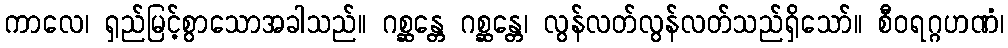
ကာလေ၊ ရှည်မြင့်စွာသောအခါသည်။ ဂစ္ဆန္တေ ဂစ္ဆန္တေ၊ လွန်လတ်လွန်လတ်သည်ရှိသော်။ စီဝရဂ္ဂဟဏံ၊